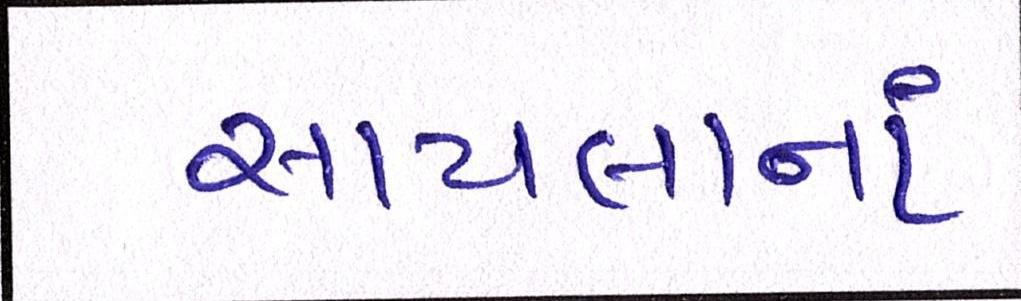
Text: સાયલાનાં